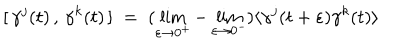
[ \, \gamma ^ { j } ( t ) \, , \, \gamma ^ { k } ( t ) \, ] \; = \; ( \lim _ { \varepsilon \to 0 ^ { + } } - \lim _ { \varepsilon \to 0 ^ { - } } ) \langle \gamma ^ { j } ( t + \varepsilon ) \gamma ^ { k } ( t ) \rangle